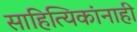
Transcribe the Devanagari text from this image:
साहित्यिकांनाही